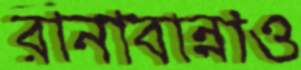
রানাবান্নাও